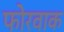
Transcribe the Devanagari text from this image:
फोरवाक